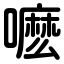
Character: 嚒